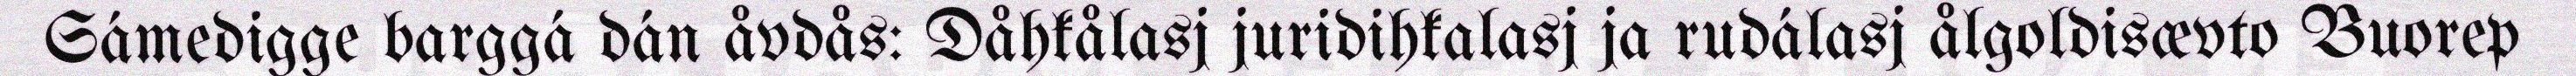
Sámedigge barggá dán åvdås: Dåhkålasj juridihkalasj ja rudálasj ålgoldisævto Buorep